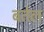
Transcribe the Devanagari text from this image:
बतेल